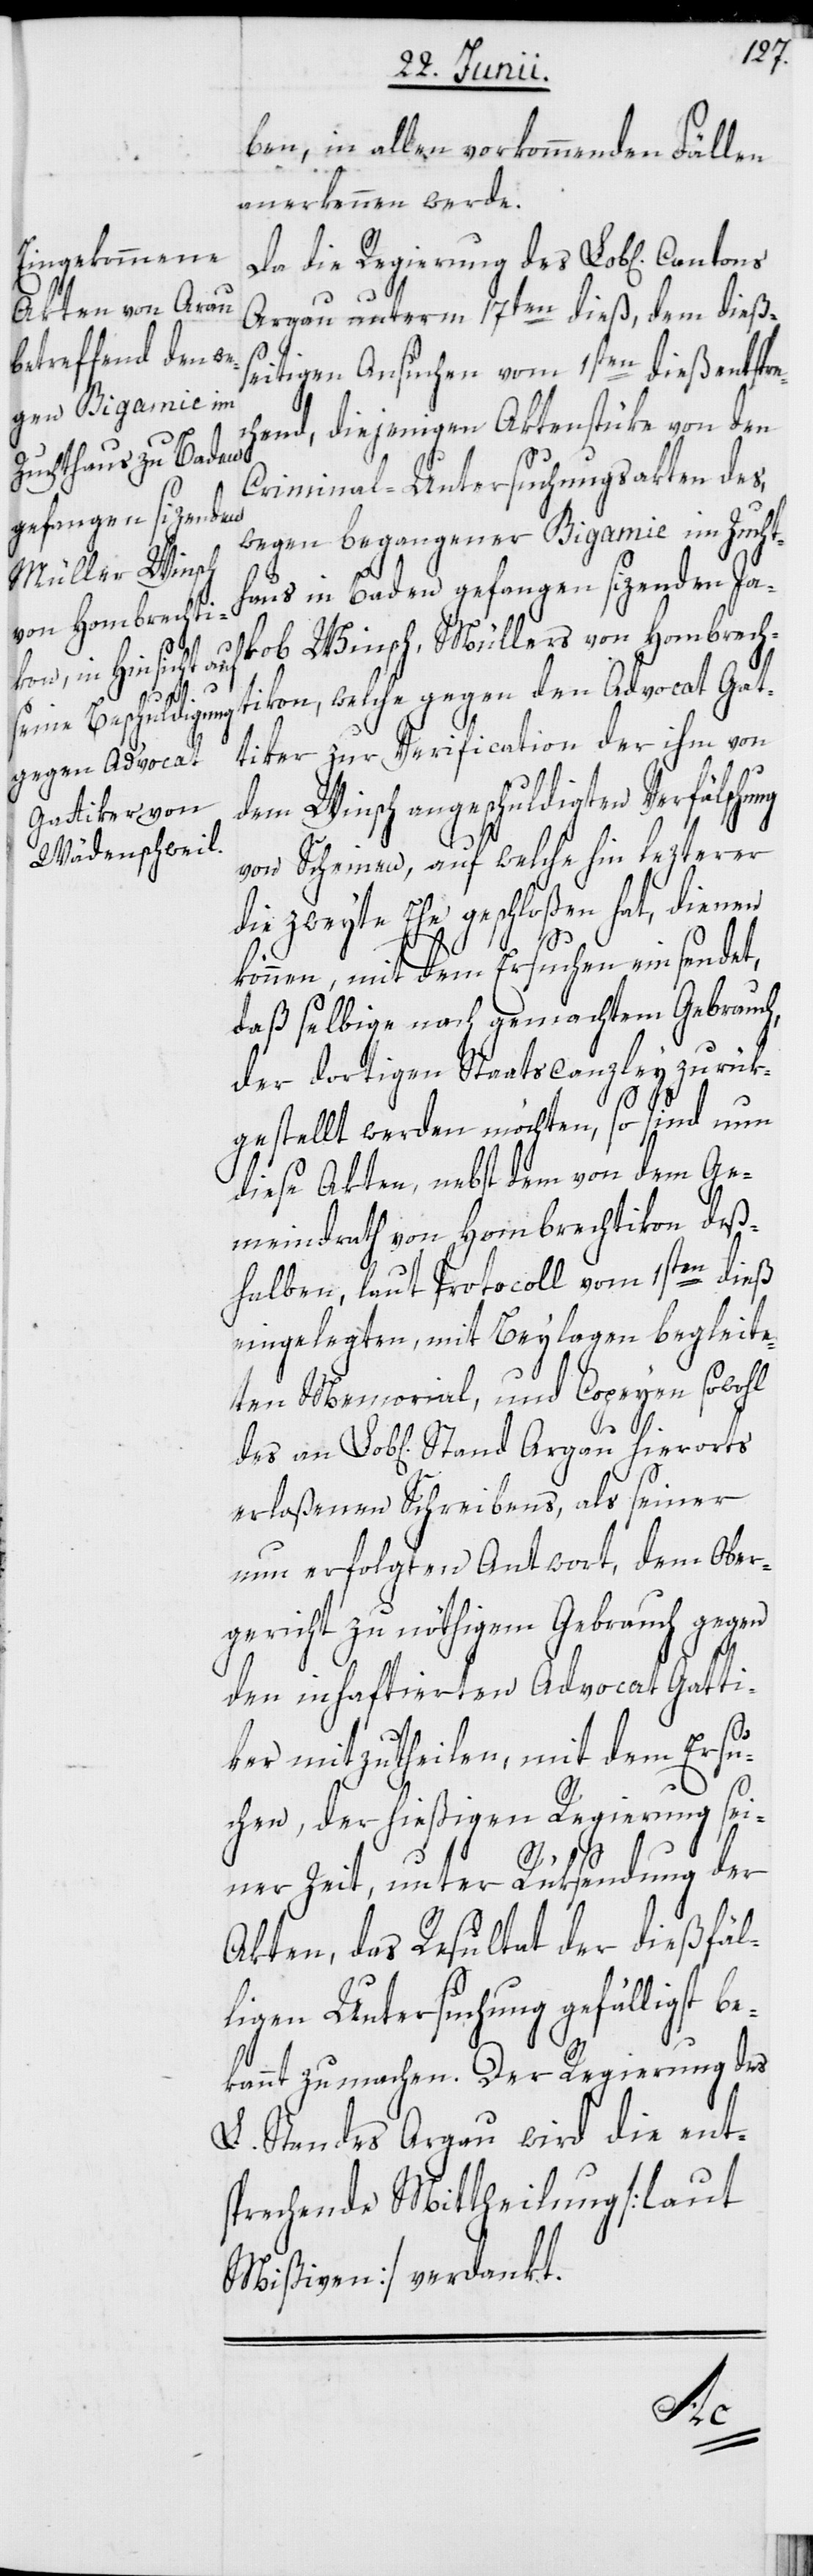
ben, in allen vorkommenden Fällen
anerkennen werde.
Da die Regierung des Lob[lichen]
Argau unterm 17ten dieß, dem dieß¬
seitigen Ansuchen vom 1sten dieß ent¬
chend, diejenigen Aktenstüke von den
Criminal-Untersuchungsakten des,
wegen begangener Bigamie im Zucht¬
haus in Baden gefangen sizenden Ja¬
kob Winsch, Müllers von Hombrech¬
Argau hierorts
tikon, welche gegen den Advocat Gat¬
tiker zur Verification der ihm von
dem Winsch angeschuldigten Verfälschu¬
von Scheinen, auf welche hin lezterer
die zweyte Ehe geschloßen hat, dienen
können, mit dem Ersuchen einsendet,
daß selbige nach gemachtem Gebrauch,
der dortigen Staatscanzley zurük¬
gestellt werden möchten, so sind nun
diese Akten, nebst dem von dem Ge¬
meindrath von Hombrechtikon deß¬
halben, laut Protocoll vom 1sten dieß
eingelegten, mit Beylagen begleite¬
ten Memorial, und Copeyen sowohl
erlaßenen Schreibens, als seiner
nun erfolgten Antwort, dem Ober¬
gericht zu nöthigem Gebrauch gegen
den inhaftierten Advocat Gatti¬
ker mitzutheilen, mit dem Ersu¬
chen, der hießigen Regierung sei¬
ner Zeit, unter Rüksendung der
Akten, das Resultat der dießfäl¬
ligen Untersuchung gefälligst
kannt zu machen. Der Regierung des
L. Standes Argau wird die ent¬
sprechende Mittheilung [laut
Mißiven] verdankt.
be¬